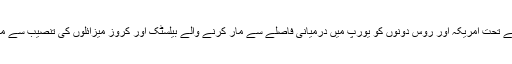
اس معاہدے کے تحت امریکہ اور روس دونوں کو یورپ میں درمیانی فاصلے سے مار کرنے والے بیلسٹک اور کروز میزائلوں کی تنصیب سے منع کیا گیا ہے۔